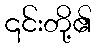
၎င်းတို့၏